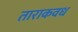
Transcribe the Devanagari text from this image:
ताराकवध